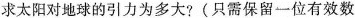
求太阳对地球的引力为多大?(只需保留一位有效数